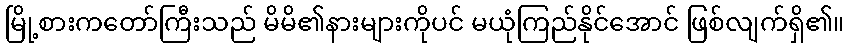
မြို့စားကတော်ကြီးသည် မိမိ၏နားများကိုပင် မယုံကြည်နိုင်အောင် ဖြစ်လျက်ရှိ၏။